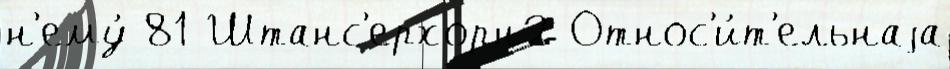
н'ему́ 81 Штанс'ерхорн2 Относ'и́т'ельнаjа